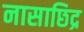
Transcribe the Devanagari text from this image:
नासाछिद्र